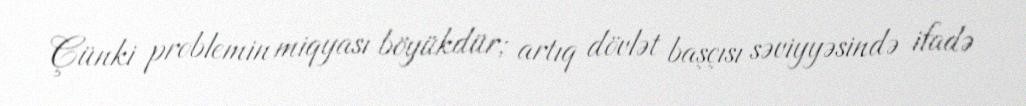
Çünki problemin miqyası böyükdür; artıq dövlət başçısı səviyyəsində ifadə